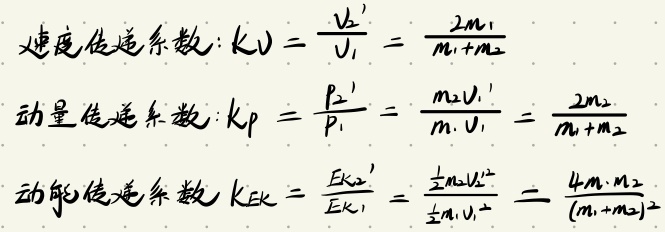
速度传递系数：\(k_V = \frac{v_1'}{v_1} = \frac{2m_1}{m_1 + m_2}\)
动量传递系数：\(k_P = \frac{p_2'}{p_1} = \frac{m_2v_1'}{m_1v_1} = \frac{2m_2}{m_1 + m_2}\)
动能传递系数 \(k_{EK} = \frac{E_{k2}'}{E_{k1}} = \frac{\frac{1}{2}m_2v_1'^2}{\frac{1}{2}m_1v_1^2} = \frac{4m_1m_2}{(m_1 + m_2)^2}\)